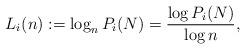
LaTeX: \begin{align*} L_i(n) := \log_n P_i(N) = \frac{\log P_i(N)}{\log n},\end{align*}